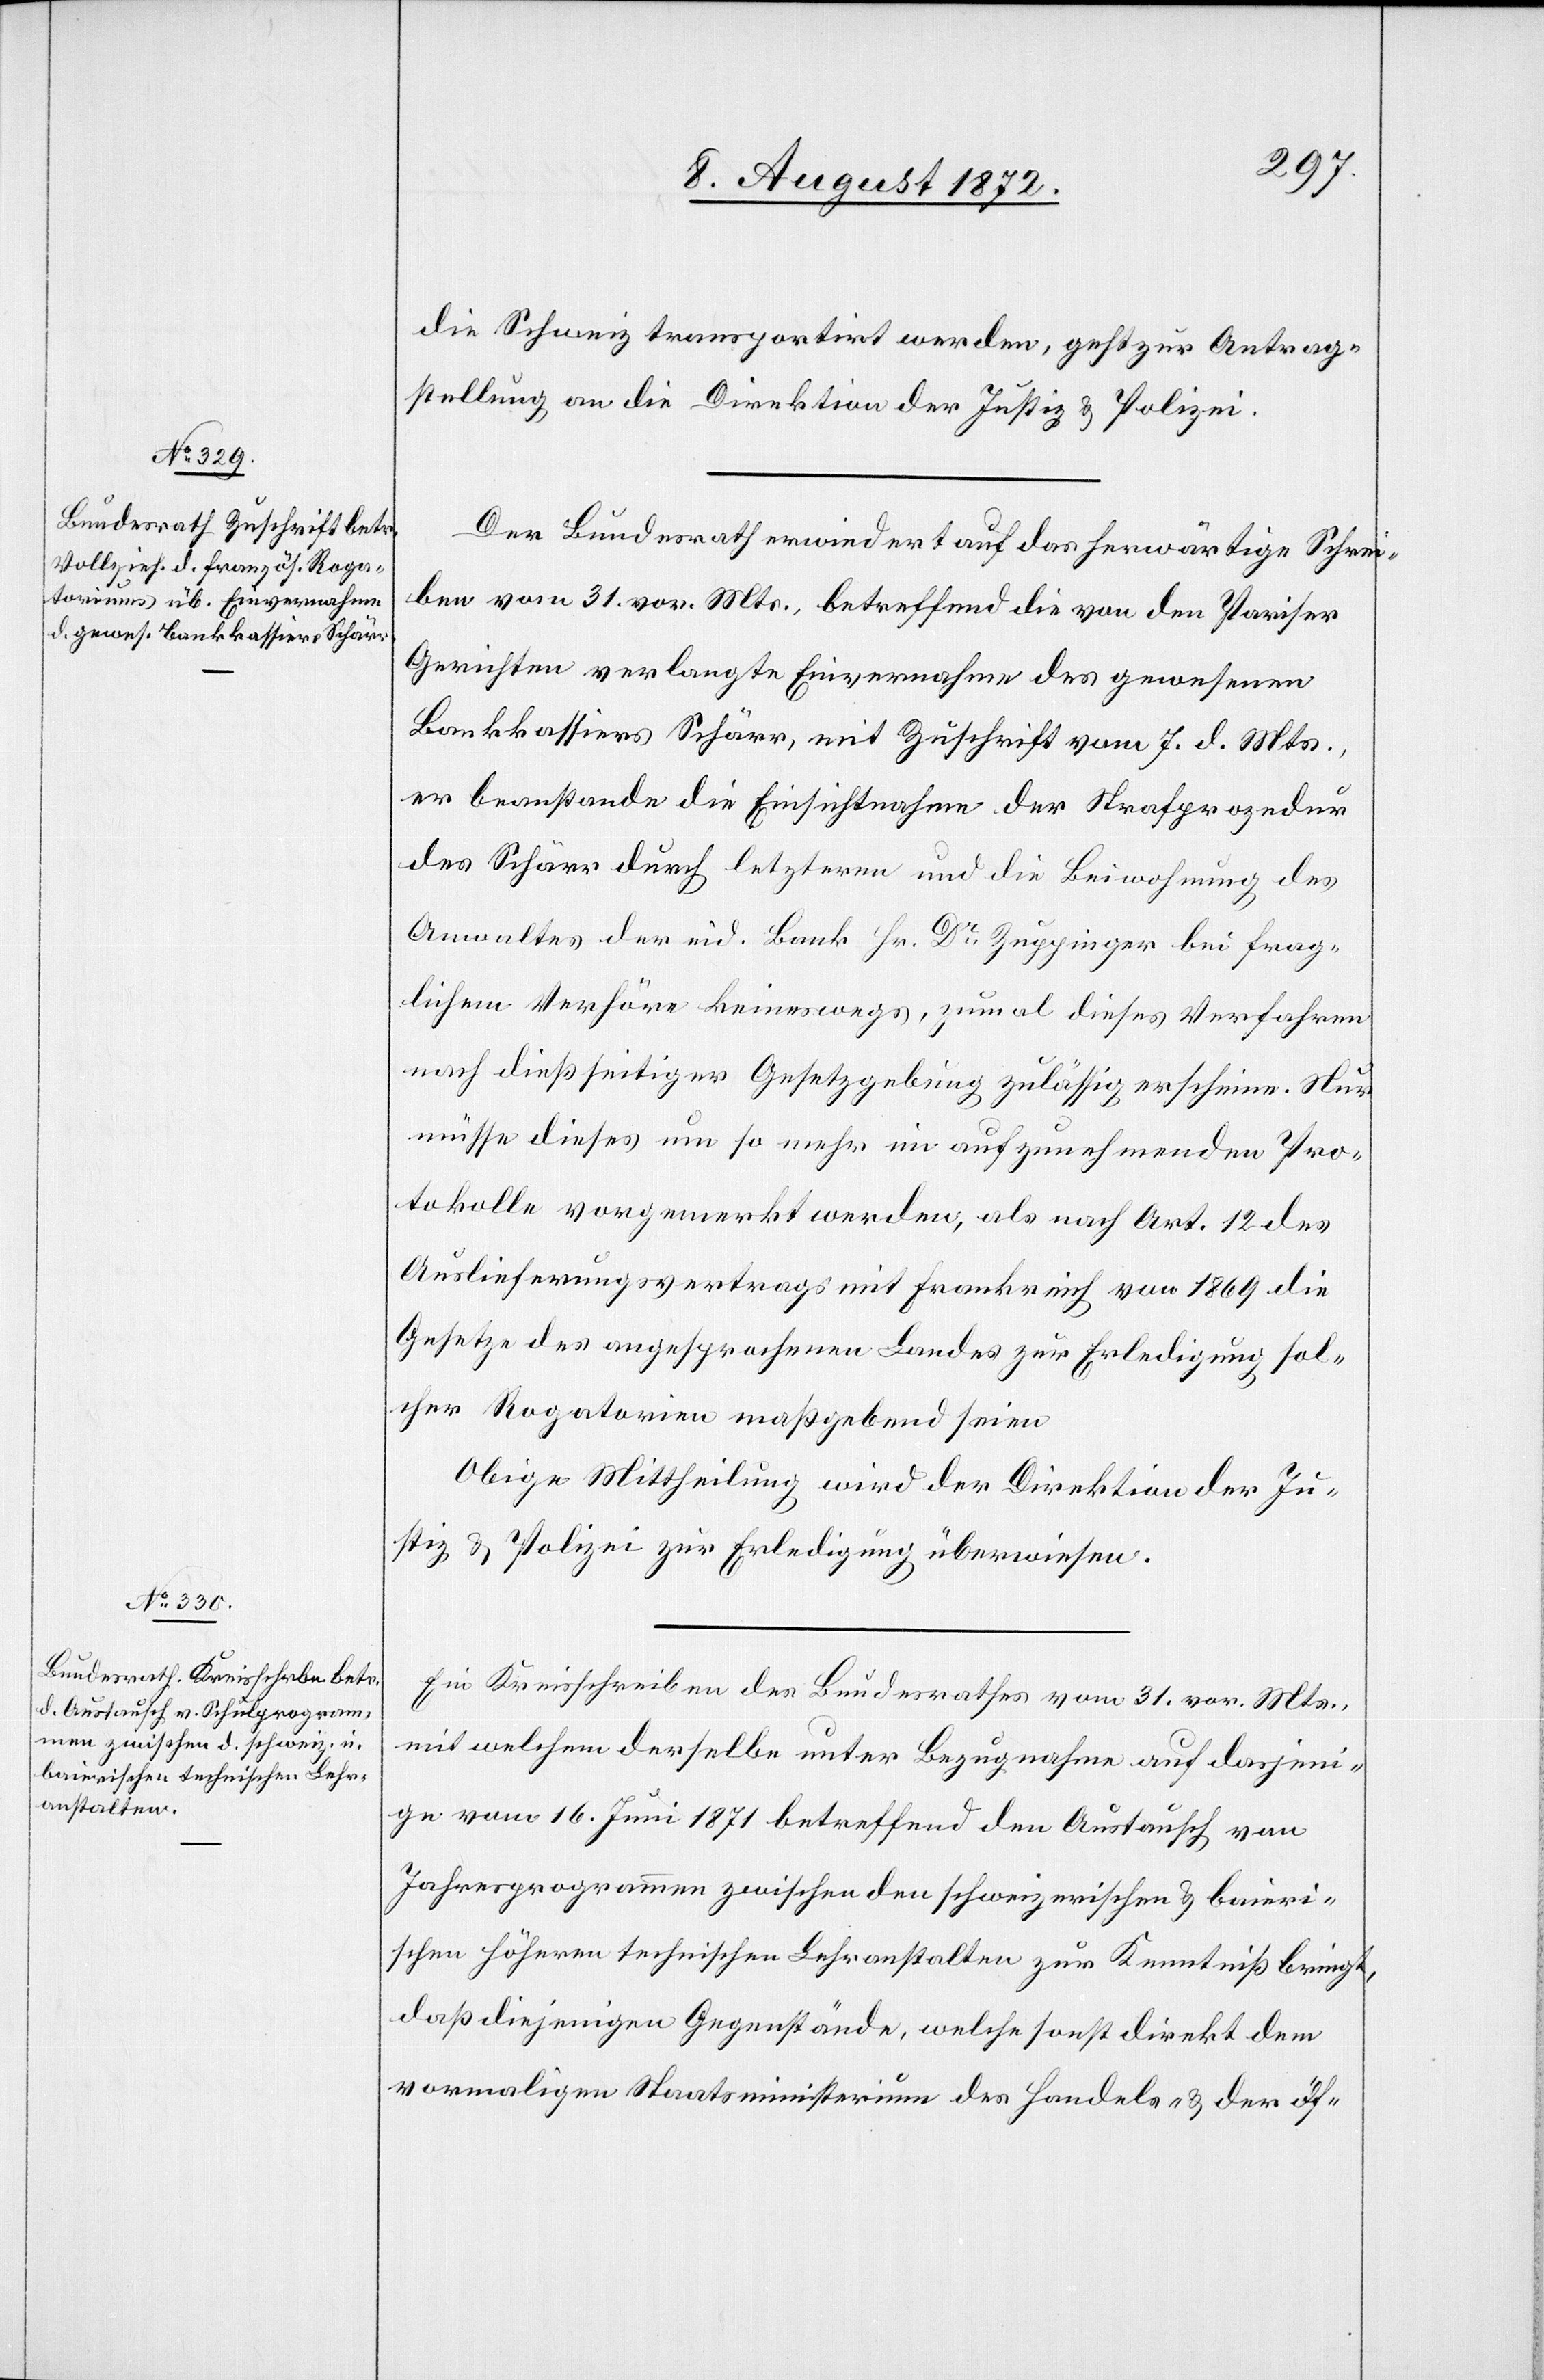
9. August 1872.]
die Schweiz transportirt werden, geht zur Antrag¬
stellung an die Direktion der Justiz u. Polizei.
Der Bundesrath erwiedert auf das herwärtige Schrei¬
ben vom 31. vor. Mts., betreffend die von den Pariser
Gerichten verlangte Einvernahme des gewesenen
Bankkassiers Schärr, mit Zuschrift vom 7. d. Mts.,
er beanstande die Einsichtnahme der Strafprozedur
des Schärr durch letzteren und die Beiwohnung des
Anwaltes der eid. Bank Hr. Dr Zuppinger bei frag¬
lichem Verhöre keineswegs, zumal dieses Verfahren
nach dießseitiger Gesetzgebung zulässig erscheine. Nur
müsse dieses um so mehr im aufzunehmenden Pro¬
tokolle vorgemerkt werden, als nach Art. 12 des
Auslieferungsvertrags mit Frankreich von 1869 die
Gesetze des angesprochenen Landes zur Erledigung sol¬
cher Rogatorien maßgebend seien.
Obige Mittheilung wird der Direktion der Ju¬
stiz u. Polizei zur Erledigung überwiesen.
Ein Kreisschreiben des Bundesrathes vom 31. vor. Mts.,
mit welchem derselbe unter Bezugnahme auf dasjeni¬
ge vom 16. Juni 1871 betreffend den Austausch von
Jahresprogrammen zwischen den schweizerischen u. baieri¬
schen höheren technischen Lehranstalten zur Kenntniß bringt,
daß diejenigen Gegenstände, welche sonst direkt dem
vormaligen Staatsministerium des Handels- u. der öf-